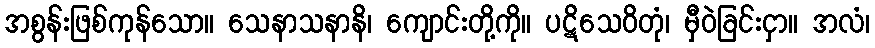
အစွန်းဖြစ်ကုန်သော။ သေနာသနာနိ၊ ကျောင်းတို့ကို။ ပဋိသေဝိတုံ၊ မှီဝဲခြင်းငှာ။ အလံ၊